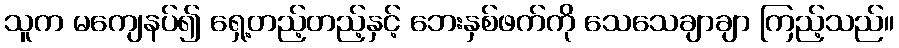
သူက မကျေနပ်၍ ရှေ့တည့်တည့်နှင့် ဘေးနှစ်ဖက်ကို သေသေချာချာ ကြည့်သည်။